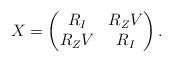
LaTeX: \begin{align*}X=\begin{pmatrix}R_I & R_Z V\\R_Z V & R_I\end{pmatrix}.\end{align*}